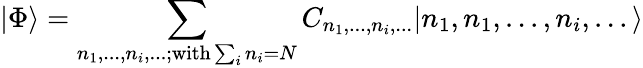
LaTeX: |\Phi\rangle=\sum_{n_{1},...,n_{i},...;\mathrm{with}\sum_{i}n_{i}=N}C_{n_{1},...,n_{i},...}|n_{1},n_{1},...,n_{i},...\rangle